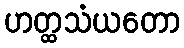
ဟတ္ထသံယတော